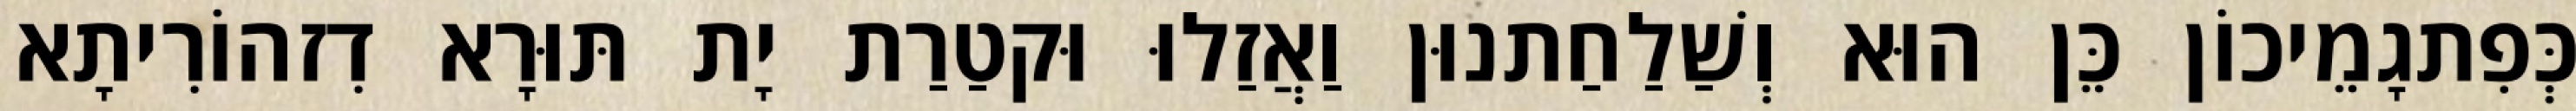
כְּפִתגָמֵיכוֹן כֵּן הוּא וְשַׁלַחַתנוּן וַאֲזַלוּ וּקטַרַת יָת תּוּרָא דִזהוֹרִיתָא